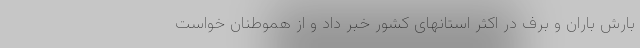
بارش باران و برف در اکثر استانهای کشور خبر داد و از هموطنان خواست